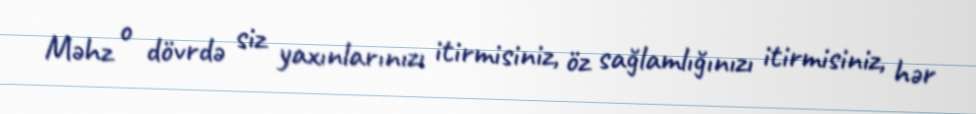
Məhz o dövrdə siz yaxınlarınızı itirmisiniz, öz sağlamlığınızı itirmisiniz, hər